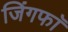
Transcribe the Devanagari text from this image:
जिंगफाॅ